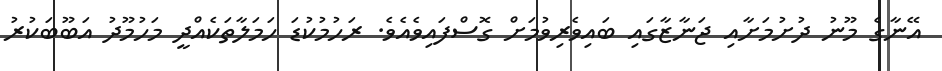
އޭނާގެ މޫނު ދުށުމަށާއި ޖަނާޒާގައި ބައިވެރިވުމަށް ގޮސްފައިވެއެވެ. ރަހުމުކުޑަ ހަމަލާތަކެއްދީ މަހުމޫދު އަބޫބަކުރު